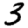
Digit: 3